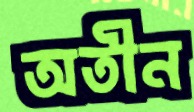
অতীন